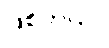
ဖြစ်တယ်။